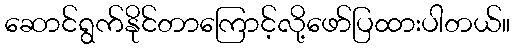
ဆောင်ရွက်နိုင်တာကြောင့်လို့ဖော်ပြထားပါတယ်။